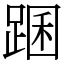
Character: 䠅